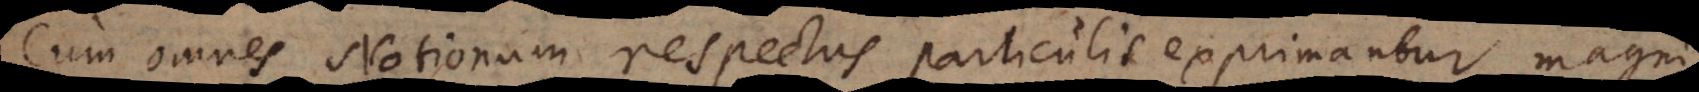
Cum omnes Notionum respectus particulis exprimantur, magni